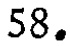
$58.$